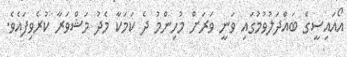
އޯއައިސީގެ ބައްދަލުވުމުގައި ވަނީ ވަރަށް މުހިންމު ދެ ކަމަކާ މެދު މަޝްވަރާ ކުރެވިފައެވެ.